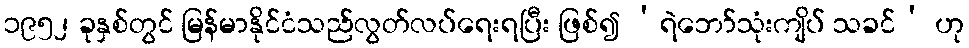
၁၉၅၂ ခုနှစ်တွင် မြန်မာနိုင်ငံသည်လွတ်လပ်ရေးရပြီး ဖြစ်၍ ‘ရဲဘော်သုံးကျိပ် သခင်’ ဟု